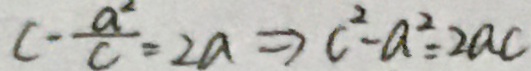
c - \frac { a ^ { 2 } } { c } = 2 a \Rightarrow c ^ { 2 } - a ^ { 2 } - 2 a c